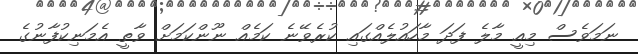
ނަމަވެސް މިއީ މާލެ ފަދަ މާހައުލެއްގައި ކުރެވޭނެ ކަމެއް ނޫންކަމަށް ވާތީ އެމަނިކުފާނުގެ